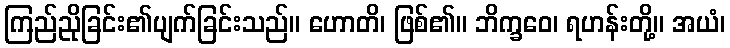
ကြည်ညိုခြင်း၏ပျက်ခြင်းသည်။ ဟောတိ၊ ဖြစ်၏။ ဘိက္ခဝေ၊ ရဟန်းတို့။ အယံ၊